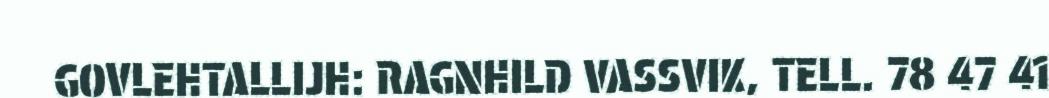
GOVLEHTALLIJH: RAGNHILD VASSVIK, TELL. 78 47 41